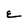
Character: E